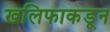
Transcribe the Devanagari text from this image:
खलिफाकडून